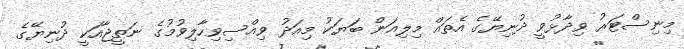
މިނިސްޓަރު ވިދާޅުވީ ދުނިޔޭގެ އެތައް މިލިއަން ބަޔަކު މިއަދު ވިއްސިވިހާލިވުމުގެ ނަތީޖާއަކީ ދުނިޔޭގެ